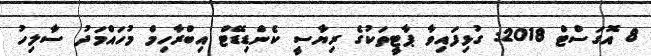
8 އޮގަސްޓް 2018: ގުޅިފައިވާ ޕާޓީތަކުގެ ރިޔާސީ ކެންޑިޑޭޓް އިބްރާހިމް މުހައްމަދު ސާލިހު